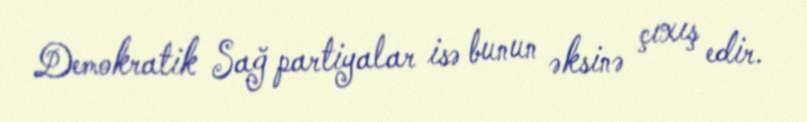
Demokratik Sağ partiyalar isə bunun əksinə çıxış edir.